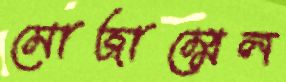
মোজাম্মেল